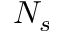
N _ { s }